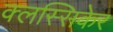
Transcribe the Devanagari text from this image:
क्लस्सिकेर